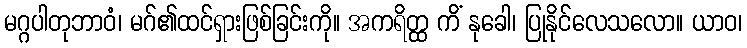
မဂ္ဂပါတုဘာဝံ၊ မဂ်၏ထင်ရှားဖြစ်ခြင်းကို။ အကရိတ္ထ ကိံ နုခေါ၊ ပြုနိုင်လေသလော။ ယာဝ၊